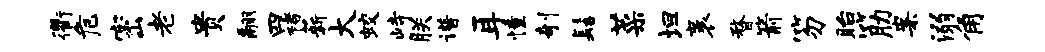
衢危密老贵翮四褚薪大蛟峙朕谱耳憧剞髻菜坦袤瞀箭笏眙筋案溺角